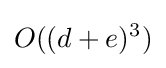
O((d+e)^{3})